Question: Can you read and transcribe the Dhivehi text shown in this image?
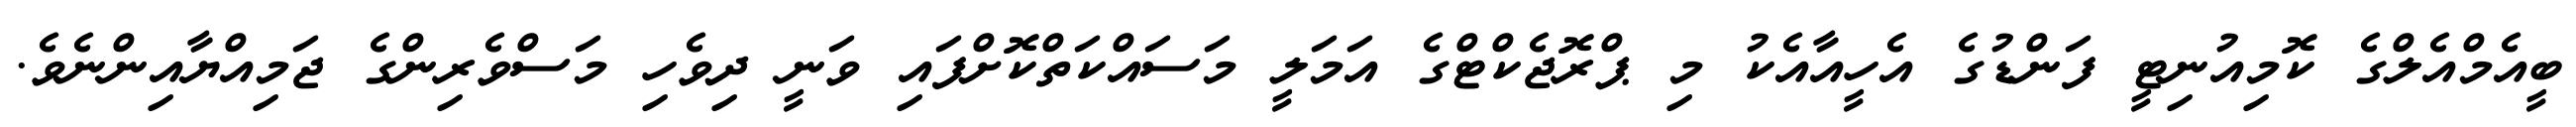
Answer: ބީއެމްއެލްގެ ކޮމިއުނިޓީ ފަންޑުގެ އެހީއާއެކު މި ޕްރޮޖެކްޓްގެ އަމަލީ މަސައްކަތްކޮށްފައި ވަނީ ދިވެހި މަސްވެރިންގެ ޖަމިއްޔާއިންނެވެ.